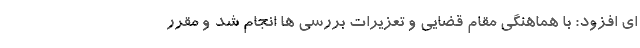
ای افزود: با هماهنگی مقام قضایی و تعزیرات بررسی ها انجام شد و مقرر